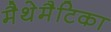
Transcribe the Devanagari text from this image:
मैथेमैटिका